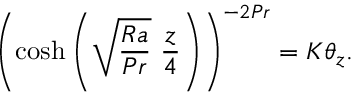
\left( \cosh { \left( \sqrt { \frac { R a } { P r } } \ \frac { z } { 4 } \right) } \right) ^ { - 2 P r } = K \theta _ { z } .